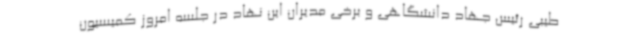
طیبی رئیس جهاد دانشگاهی و برخی مدیران این نهاد در جلسه امروز کمیسیون